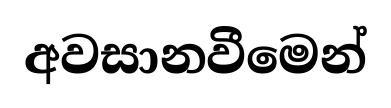
අවසානවීමෙන්